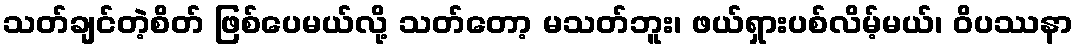
သတ်ချင်တဲ့စိတ် ဖြစ်ပေမယ်လို့ သတ်တော့ မသတ်ဘူး၊ ဖယ်ရှားပစ်လိမ့်မယ်၊ ဝိပဿနာ